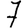
Digit: 7